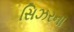
સિઝરના